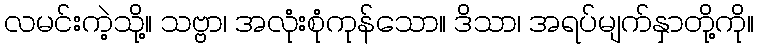
လမင်းကဲ့သို့။ သဗ္ဗာ၊ အလုံးစုံကုန်သော။ ဒိသာ၊ အရပ်မျက်နှာတို့ကို။